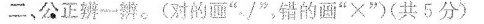
二、公正辨一辨。(对的画”